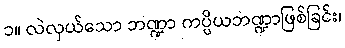
၁။ လဲလှယ်သော ဘဏ္ဍာ ကပ္ပိယဘဏ္ဍာဖြစ်ခြင်း၊